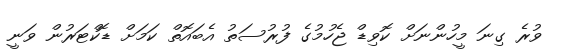
ވުރެ ގިނަ މީހުންނަށް ކޮވިޑް ޖެހުމުގެ ފުރުސަތު އެބައޮތް ކަމަށް ޑޮކްޓަރުން ވަނީ